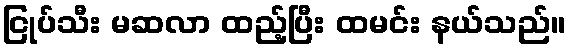
ငြုပ်သီး မဆလာ ထည့်ပြီး ထမင်း နယ်သည်။